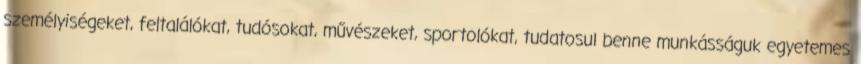
személyiségeket, feltalálókat, tudósokat, művészeket, sportolókat, tudatosul benne munkásságuk egyetemes